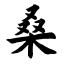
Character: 桑